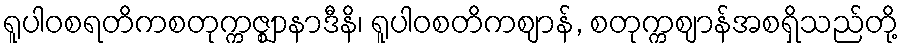
ရူပါဝစရတိကစတုက္ကဇ္ဈာနာဒီနိ၊ ရူပါဝစတိကဈာန်, စတုက္ကဈာန်အစရှိသည်တို့